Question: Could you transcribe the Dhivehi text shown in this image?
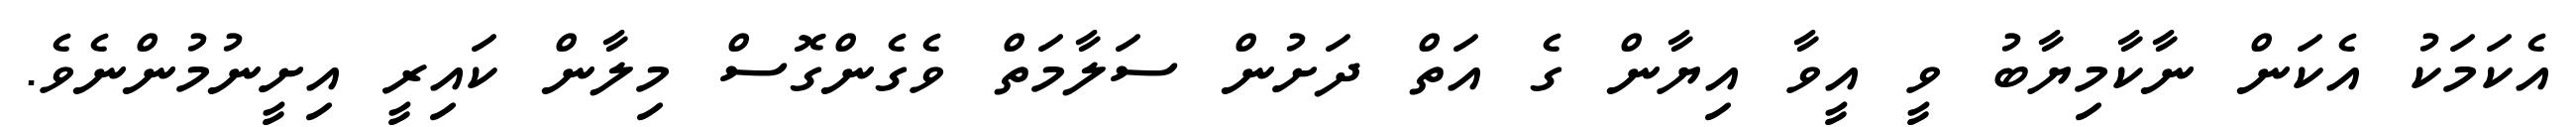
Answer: އެކަމަކު އެކަން ނާކާމިޔާބު ވީ އީވާ އިޔާން ގެ އަތް ދަށުން ސަލާމަތް ވެގެންގޮސް މިލާން ކައިރީ އިށީނުމުންނެވެ.